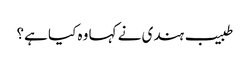
طبیب ہندی نے کہا وہ کیا ہے؟